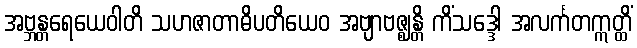
အဗ္ဘန္တရေယေဝါတိ သဟဇာတာဓိပတိယေဝ အဗျာဗဇ္ဈန္တိ ကိံသဒ္ဒေါ အလင်္ကတဣတ္ထိံ